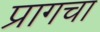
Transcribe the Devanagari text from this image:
प्रागचा